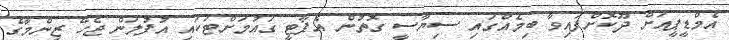
އެމްޑީޕީއަށް ދޫކޮށްފައިވާ ބިމެއްގައި ސިޔާސީ ގޮތުން އެޕާޓީ ގައުމަށްޓަކައި އުފުލަން ޖެހޭ ޒިންމާގެ